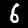
Digit: 6